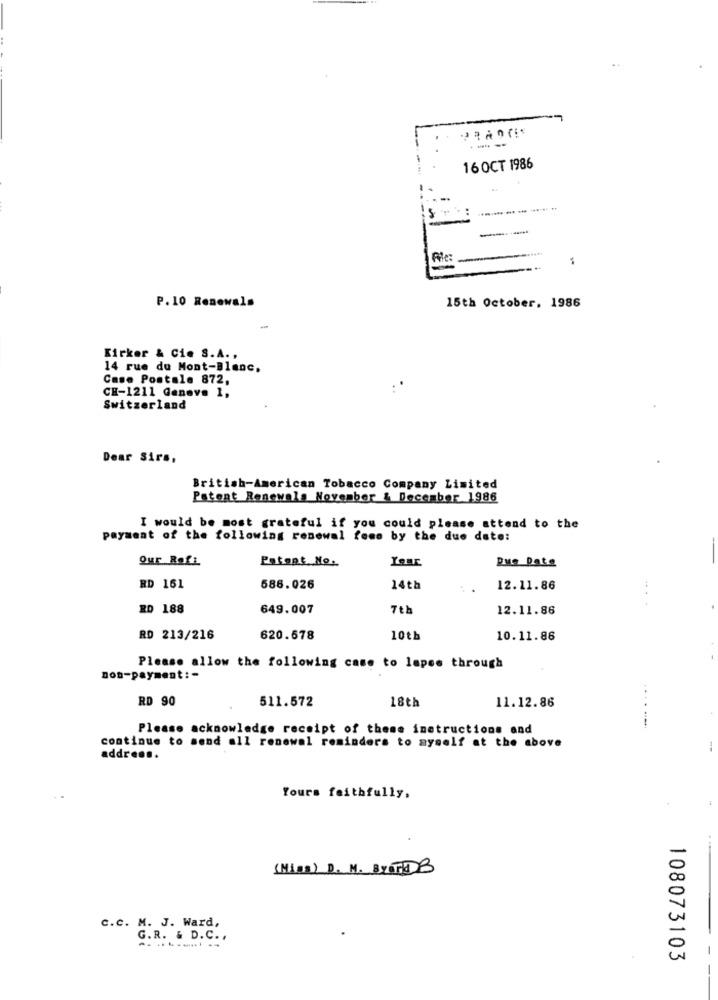
--
16 OCT 1986
P.10 Renewala
15th October. 1986
Kirker & Cie S.A. ,
14 rue du Mont-Blanc.
Case Postale 872,
CH-1211 Geneva 1.
Switzerland
Dear Sirs,
British-American Tobacco Company Limited
Patent Renewals November & December 1986
I would be most grateful if you could please attend to the
payment of the following renewal fome by the due date:
Qur Rofi
Patent No.
Due Date
RD 161
586.026
14th
12.11.86
RD 188
649.007
7th
12.11.86
RD 213/216
620.678
10th
10.11.86
Please allow the following case to lapes through
non-payment :-
RD 90
511.572
..
18th
11.12.86
-- +
Please acknowledge receipt of these instructions and
continue to send all renewal reminders to myself at the above
address.
Yours faithfully.
(Mins) D. M. BYTT B
C.C. M. J. Ward,
G.R. & D.C. ,
108073103